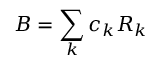
B = \sum _ { k } c _ { k } R _ { k }